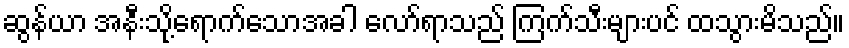
ဆွန်ယာ အနီးသို့ရောက်သောအခါ လော်ရာသည် ကြက်သီးများပင် ထသွားမိသည်။